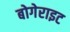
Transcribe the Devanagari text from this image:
बोगेराइट